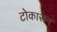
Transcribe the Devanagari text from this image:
टोकारून